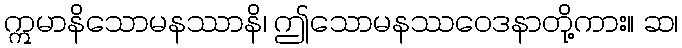
ဣမာနိသောမနဿာနိ၊ ဤသောမနဿဝေဒနာတို့ကား။ ဆ၊